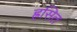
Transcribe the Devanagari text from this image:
ह्रसित